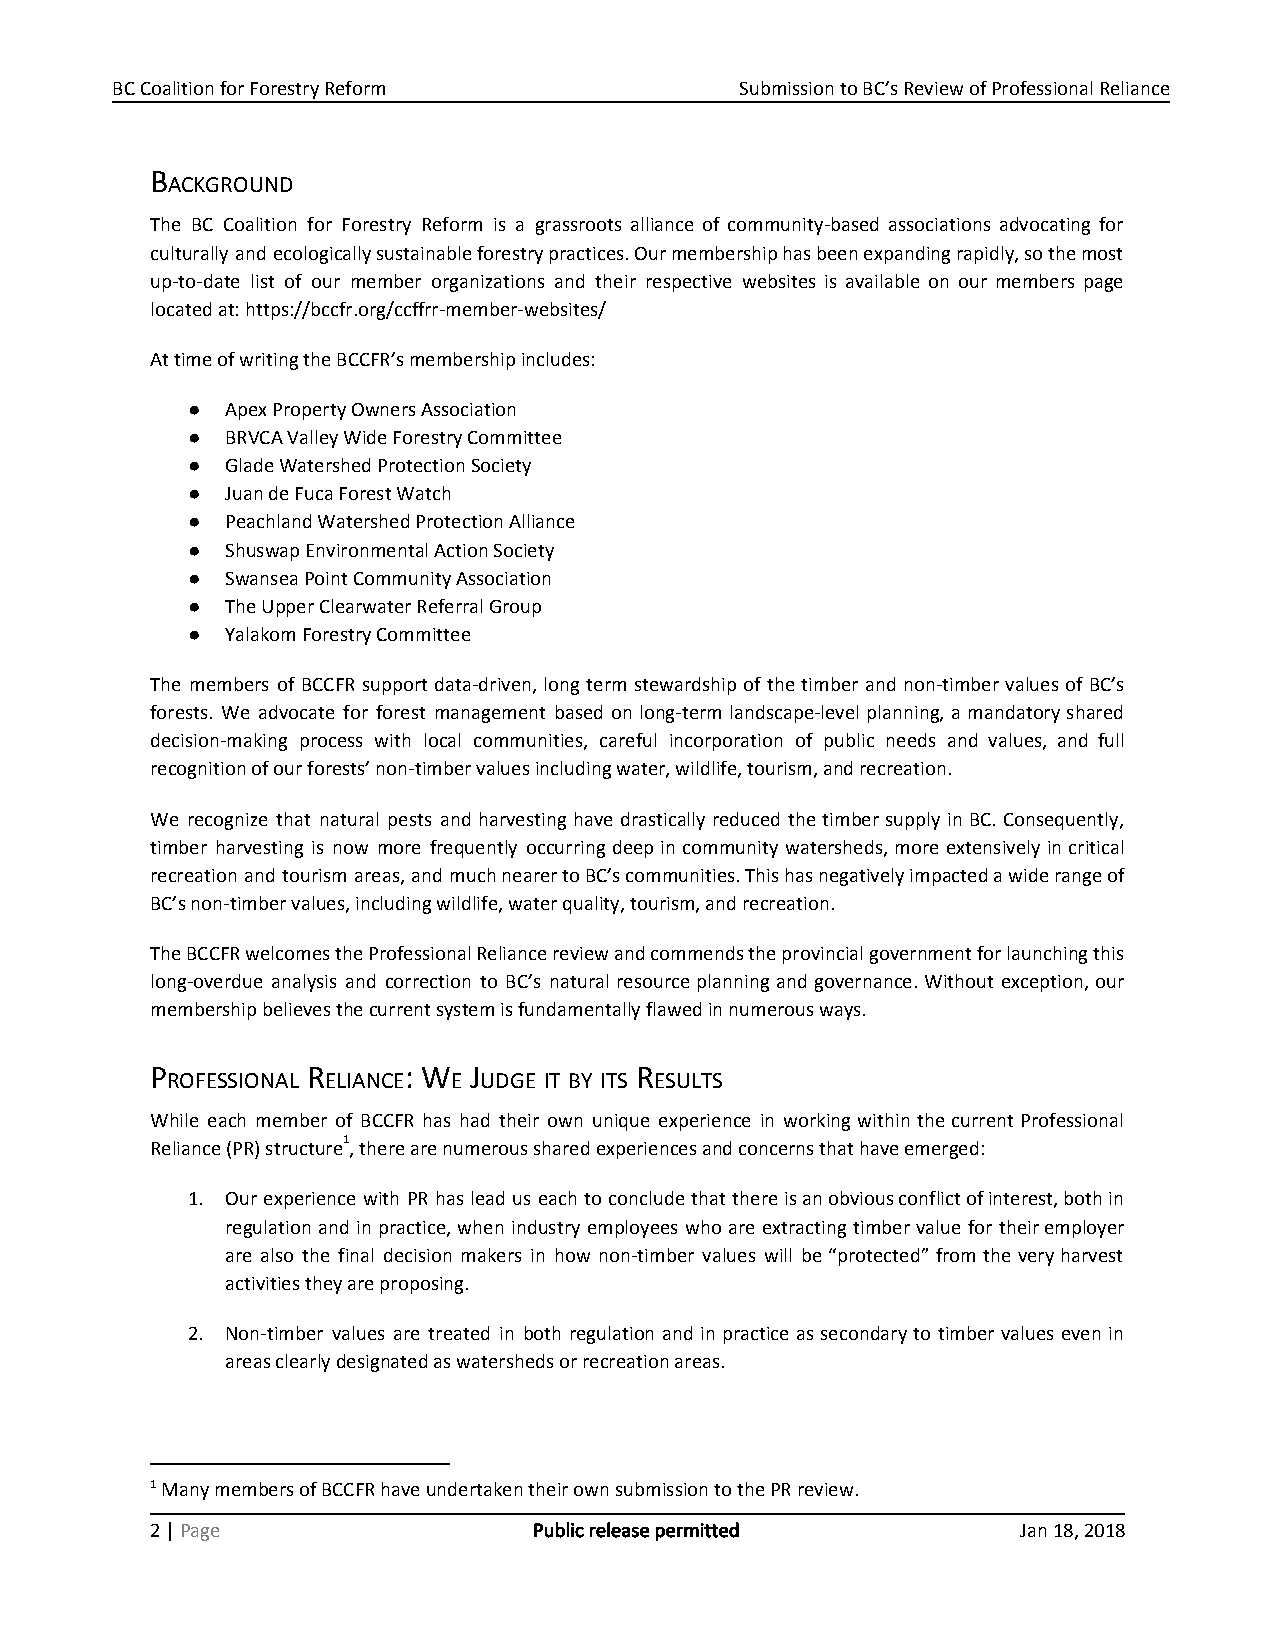
BC Coalition for Forestry Reform          Submission to BC’s Review of Professional Reliance
 B
 ACKGROUND
 The BC Coalition for Forestry Reform is a grassroots alliance of community-based associations advocating for
 culturally and ecologically sustainable forestry practices. Our membership has been expanding rapidly, so the most
 up-to-date list of our member organizations and their respective websites is available on our members page
 located at: https://bccfr.org/ccffrr-member-websites/
 At time of writing the BCCFR’s membership includes:
 ●  Apex Property Owners Association
 ●  BRVCA Valley Wide Forestry Committee
 ●  Glade Watershed Protection Society
 ●  Juan de Fuca Forest Watch
 ●  Peachland Watershed Protection Alliance
 ●  Shuswap Environmental Action Society
 ●  Swansea Point Community Association
 ●  The Upper Clearwater Referral Group
 ●  Yalakom Forestry Committee
 The members of BCCFR support data-driven, long term stewardship of the timber and non-timber values of BC’s
 forests. We advocate for forest management based on long-term landscape-level planning, a mandatory shared
 decision-making process with local communities, careful incorporation of public needs and values, and full
 recognition of our forests’ non-timber values including water, wildlife, tourism, and recreation.
 We recognize that natural pests and harvesting have drastically reduced the timber supply in BC. Consequently,
 timber harvesting is now more frequently occurring deep in community watersheds, more extensively in critical
 recreation and tourism areas, and much nearer to BC’s communities. This has negatively impacted a wide range of
 BC’s non-timber values, including wildlife, water quality, tourism, and recreation.
 The BCCFR welcomes the Professional Reliance review and commends the provincial government for launching this
 long-overdue analysis and correction to BC’s natural resource planning and governance. Without exception, our
 membership believes the current system is fundamentally flawed in numerous ways.
 P         R      : W J          R
 ROFESSIONAL ELIANCE E UDGE IT BY ITS ESULTS
 While each member of BCCFR has had their own unique experience in working within the current Professional
 1
 Reliance (PR) structure , there are numerous shared experiences and concerns that have emerged:
 1. Our experience with PR has lead us each to conclude that there is an obvious conflict of interest, both in
 regulation and in practice, when industry employees who are extracting timber value for their employer
 are also the final decision makers in how non-timber values will be “protected” from the very harvest
 activities they are proposing.
 2. Non-timber values are treated in both regulation and in practice as secondary to timber values even in
 areas clearly designated as watersheds or recreation areas.
 1 Many members of BCCFR have undertaken their own submission to the PR review.
 2 | Page                 Public release permitted         Jan 18, 2018
 ​​ ​​